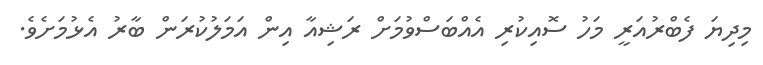
މިދިޔަ ފެބްރުއަރީ މަހު ސޮއިކުރި އެއްބަސްވުމަށް ރަޝިއާ އިން އަމަލުކުރަން ބާރު އެޅުމަށެވެ.